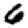
Digit: 6